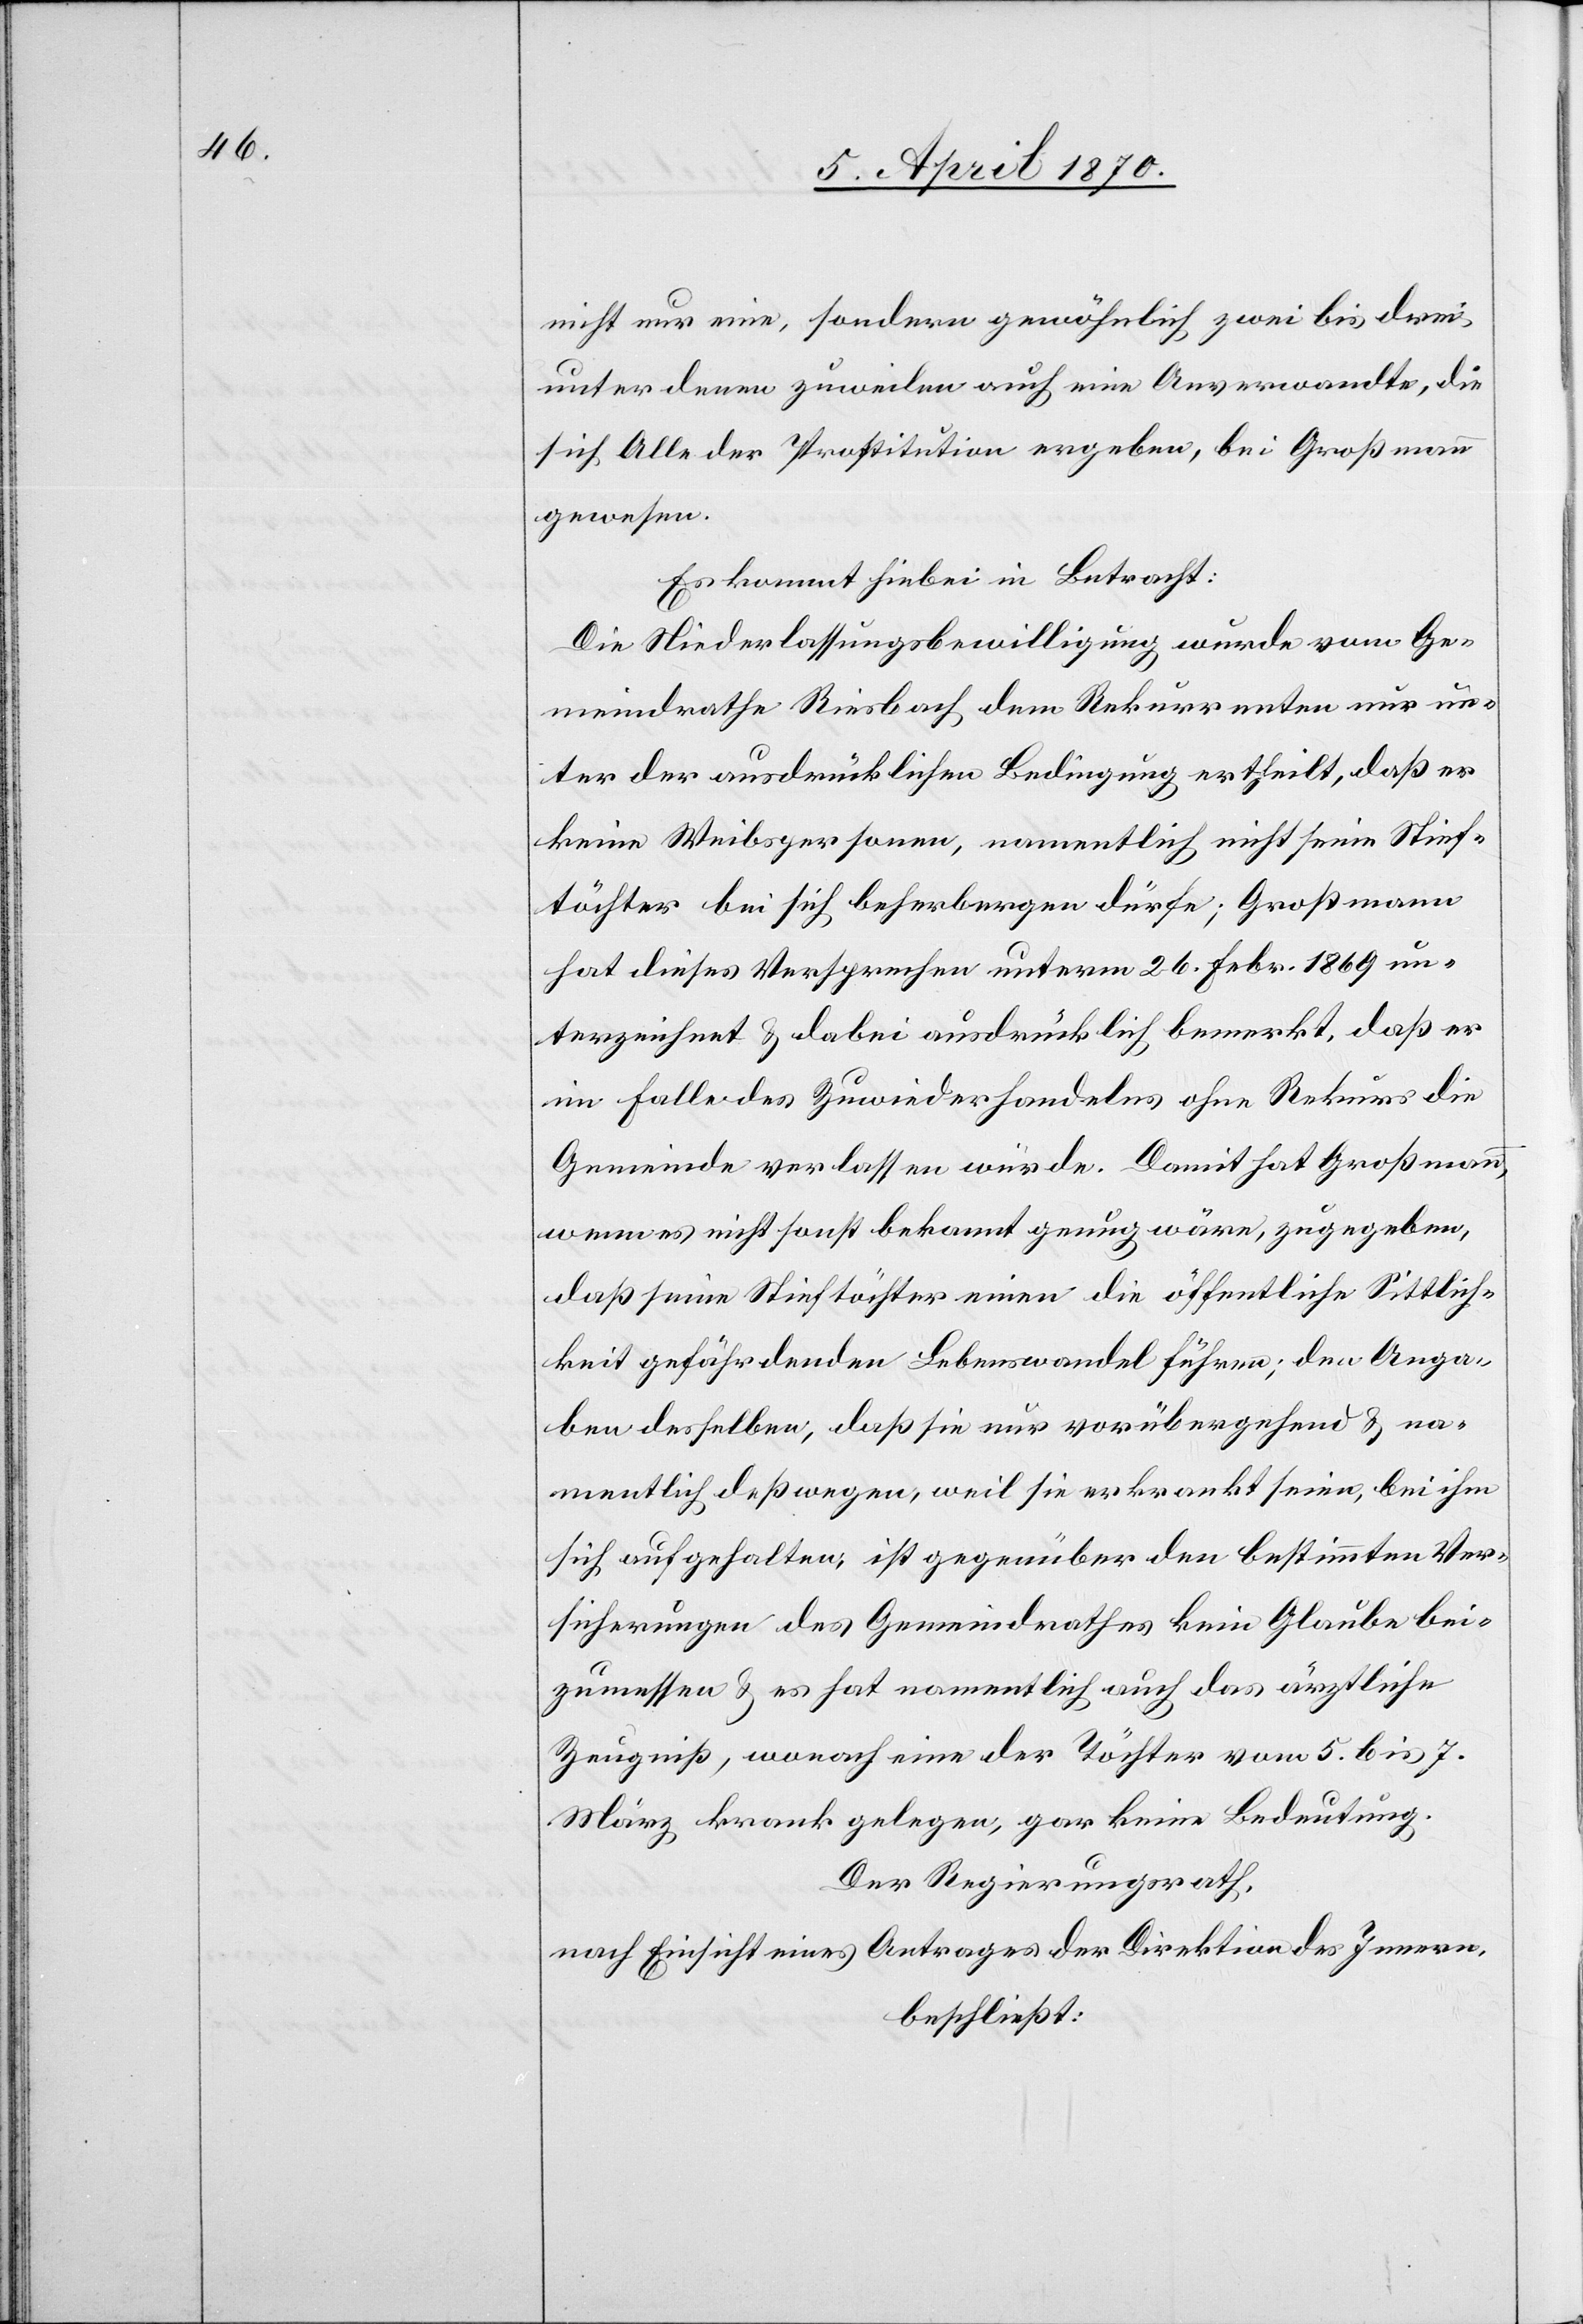
nicht nur eine, sondern gewöhnlich zwei bis drei
unter denen zuweilen auch eine Anverwandte, die
sich Alle der Prostitution ergeben, bei Großmann
gewesen.
Die Niederlassungsbewilligung wurde vom Ge¬
meindrathe Riesbach dem Rekurrenten nur un¬
ter der ausdrücklichen Bedingung ertheilt, daß er
keine Weibspersonen, namentlich nicht seine Stief¬
töchter bei sich beherbergen dürfe; Großmann
hat dieses Versprechen unterm 26. Febr. 1869 un¬
terzeichnet & dabei ausdrücklich bemerkt, daß er
im Falle des Zuwiederhandelns ohne Rekurs die
Gemeinde verlassen würde. Damit hat Großmann,
wenn es nicht sonst bekannt genug wäre, zugegeben,
daß seine Stieftöchter einen die öffentliche Sittlich¬
keit gefährdenden Lebenswandel führen; den Anga¬
ben desselben, daß sie nur vorübergehend & na¬
mentlich deßwegen, weil sie erkrankt seien, bei ihm
sich aufgehalten, ist gegenüber den bestimmten Ver¬
sicherungen des Gemeindrathes kein Glaube bei¬
zumessen & es hat namentlich auch das ärztliche
Zeugniß, wonach eine der Töchter vom 5. bis 7.
März krank gelegen, gar keine Bedeutung.
Der Regierungsrath,
nach Einsicht eines Antrages der Direktion des Innern,
beschließt: